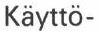
Käyttö-